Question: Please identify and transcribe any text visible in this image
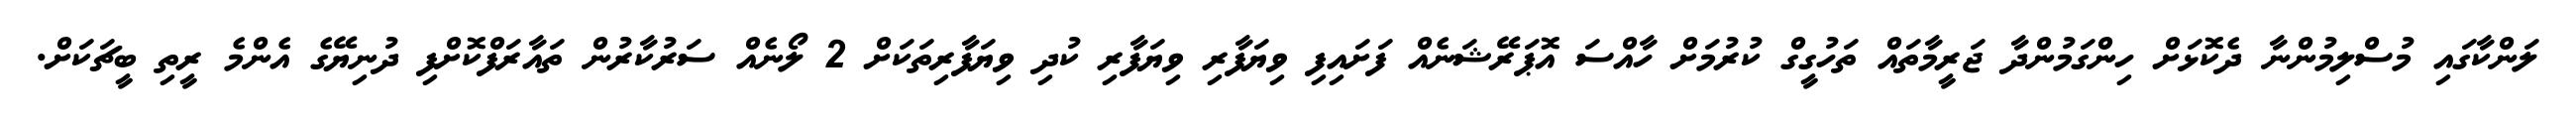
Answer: ލަންކާގައި މުސްލިމުންނާ ދެކޮޅަށް ހިންގަމުންދާ ޖަރީމާތައް ތަހުގީގް ކުރުމަށް ހާއްސަ އޮޕަރޭޝަނެއް ފަށައިފި ވިޔަފާރި ވިޔަފާރި ކުދި ވިޔަފާރިތަކަށް 2 ލޯނެއް ސަރުކާރުން ތައާރަފްކޮށްފި ދުނިޔޭގެ އެންމެ ރީތި ބީޗަކަށް.